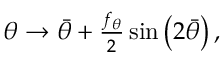
\begin{array} { r } { \theta \rightarrow \bar { \theta } + \frac { f _ { \theta } } { 2 } \sin \left( 2 \bar { \theta } \right) , } \end{array}